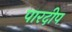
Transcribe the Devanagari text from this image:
पारदीप